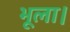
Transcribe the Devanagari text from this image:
भूला।